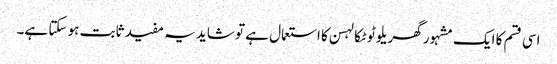
اسی قسم کا ایک مشہور گھریلو ٹوٹکا لہسن کا استعمال ہے تو شاید یہ مفید ثابت ہو سکتا ہے۔